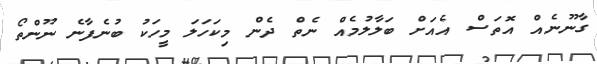
ގާނޫނެއް އޮތަސް އެއަށް ބަލާލުމެއް ނެތް ދެން މިކަހަލަ މީހަކު ބުނެފާނެ ނޫންތޯ